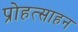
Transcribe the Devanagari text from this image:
प्रोहत्साहन